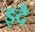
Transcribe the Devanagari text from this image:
इदै